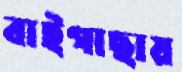
বাইগাছায়